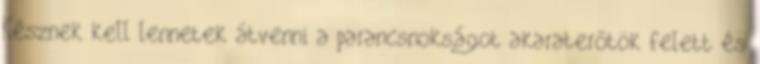
Késznek kell lennetek átvenni a parancsnokságot akaraterőtök felett és